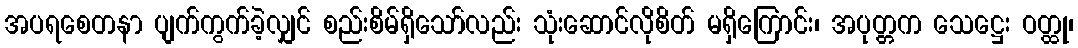
အပရစေတနာ ပျက်ကွက်ခဲ့လျှင် စည်းစိမ်ရှိသော်လည်း သုံးဆောင်လိုစိတ် မရှိကြောင်း၊ အပုတ္တက သေဋ္ဌေး ဝတ္ထု၊